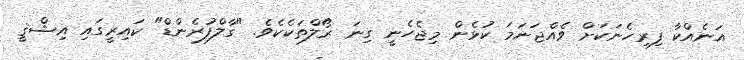
އަނެއްކާ ފިރިހެނަކަށް ވެއްޖަނަމަ ކުޅެން މިޖެހެނީ ގިނަ ރޯލްތަކެކެވެ. "ގާލްފުރެންޑް" ކައިރީގައި އިޝްޤީ